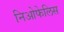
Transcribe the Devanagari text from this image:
निओफेलिस